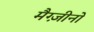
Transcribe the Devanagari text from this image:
मैग्ज़ीनो